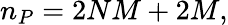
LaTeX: n_{P}=2NM+2M,